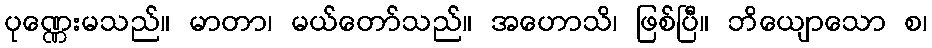
ပုဏ္ဏေးမသည်။ မာတာ၊ မယ်တော်သည်။ အဟောသိ၊ ဖြစ်ပြီ။ ဘိယျောသော စ၊